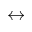
\leftrightarrow